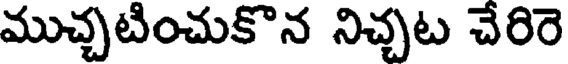
ముచ్చటించుకొన నిచ్చట చేరిరె